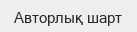
Авторлық шарт